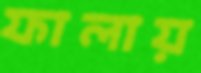
ফালায়